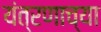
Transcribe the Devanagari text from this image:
यंत्रणाच्या